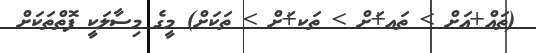
(ތައް+އަށް > ތައ+ަށް > ތަކ+ަށް > ތަކަށް) މީގެ މިސާލަކީ ފޮތްތަކަށް